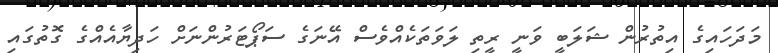
މަދަހައިގެ އިތުރުން ޝަލަބީ ވަނީ ރީތި ލަވަތަކެއްވެސް އޭނަގެ ސަޕޯޓަރުންނަށް ހަދިޔާއެއްގެ ގޮތުގައި